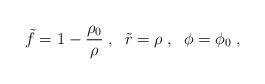
LaTeX: \begin{align*}\tilde{f} = 1 - \frac{\rho_0}{\rho} \; , \; \;\tilde{r} = \rho \; , \; \; \phi = \phi_0 \; ,\end{align*}